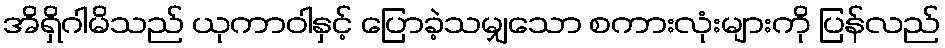
အိရှိဂါမိသည် ယုကာဝါနှင့် ပြောခဲ့သမျှသော စကားလုံးများကို ပြန်လည်